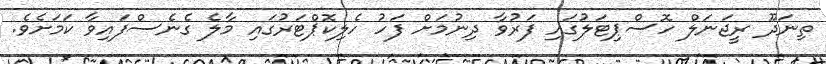
ތިނަދޫ ރީޖަނަލް ހޮސްޕިޓަލުގައި ފަރުވާ ދިނުމަށް ފަހު ހެލިކޮޕްޓަރުގައި މާލެ ގެނެސްފައިވާ ކަމަށެވެ.